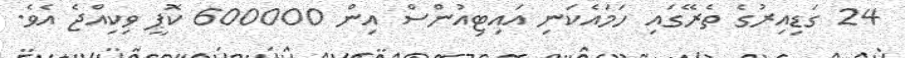
24 ގަޑިއިރުގެ ތެރޭގައި ހަމައެކަނި އައިޓިއުންސް އިން 600000 ކޮޕީ ވިކިއްޖެ އެވެ.